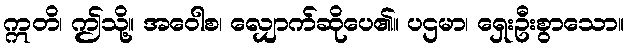
ဣတိ၊ ဤသို့။ အဝေါစ၊ လျှောက်ဆိုပေ၏။ ပဌမာ၊ ရှေးဦးစွာသော။